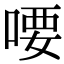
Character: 喓